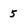
Character: 5